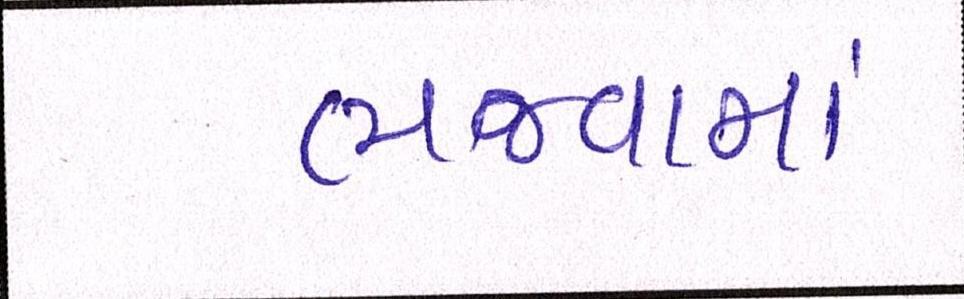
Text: ભજવામાં